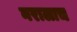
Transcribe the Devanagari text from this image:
नरालाच